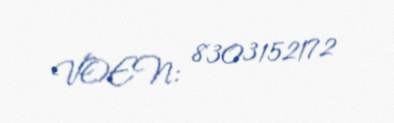
VOEN: 8303152172